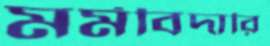
মর্মবিদারি